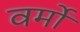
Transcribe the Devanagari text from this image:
वर्मों